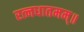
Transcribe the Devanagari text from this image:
रत्नधातमम्॥